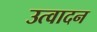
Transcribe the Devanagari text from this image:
उत्वादन